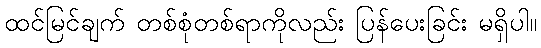
ထင်မြင်ချက် တစ်စုံတစ်ရာကိုလည်း ပြန်ပေးခြင်း မရှိပါ။